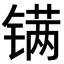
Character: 𬭮